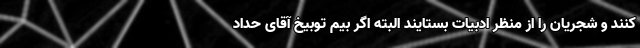
کنند و شجریان را از منظر ادبیات بستایند البته اگر بیم توبیخ آقای حداد